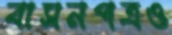
বাসনপত্রও